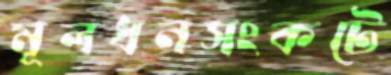
মূলধনসংকটে